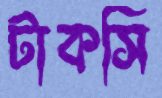
টাকসি